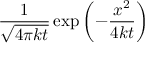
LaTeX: { \frac { 1 } { \sqrt { 4 \pi k t } } } \exp \left( - { \frac { x ^ { 2 } } { 4 k t } } \right)